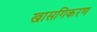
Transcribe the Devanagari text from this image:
खासगिकरण